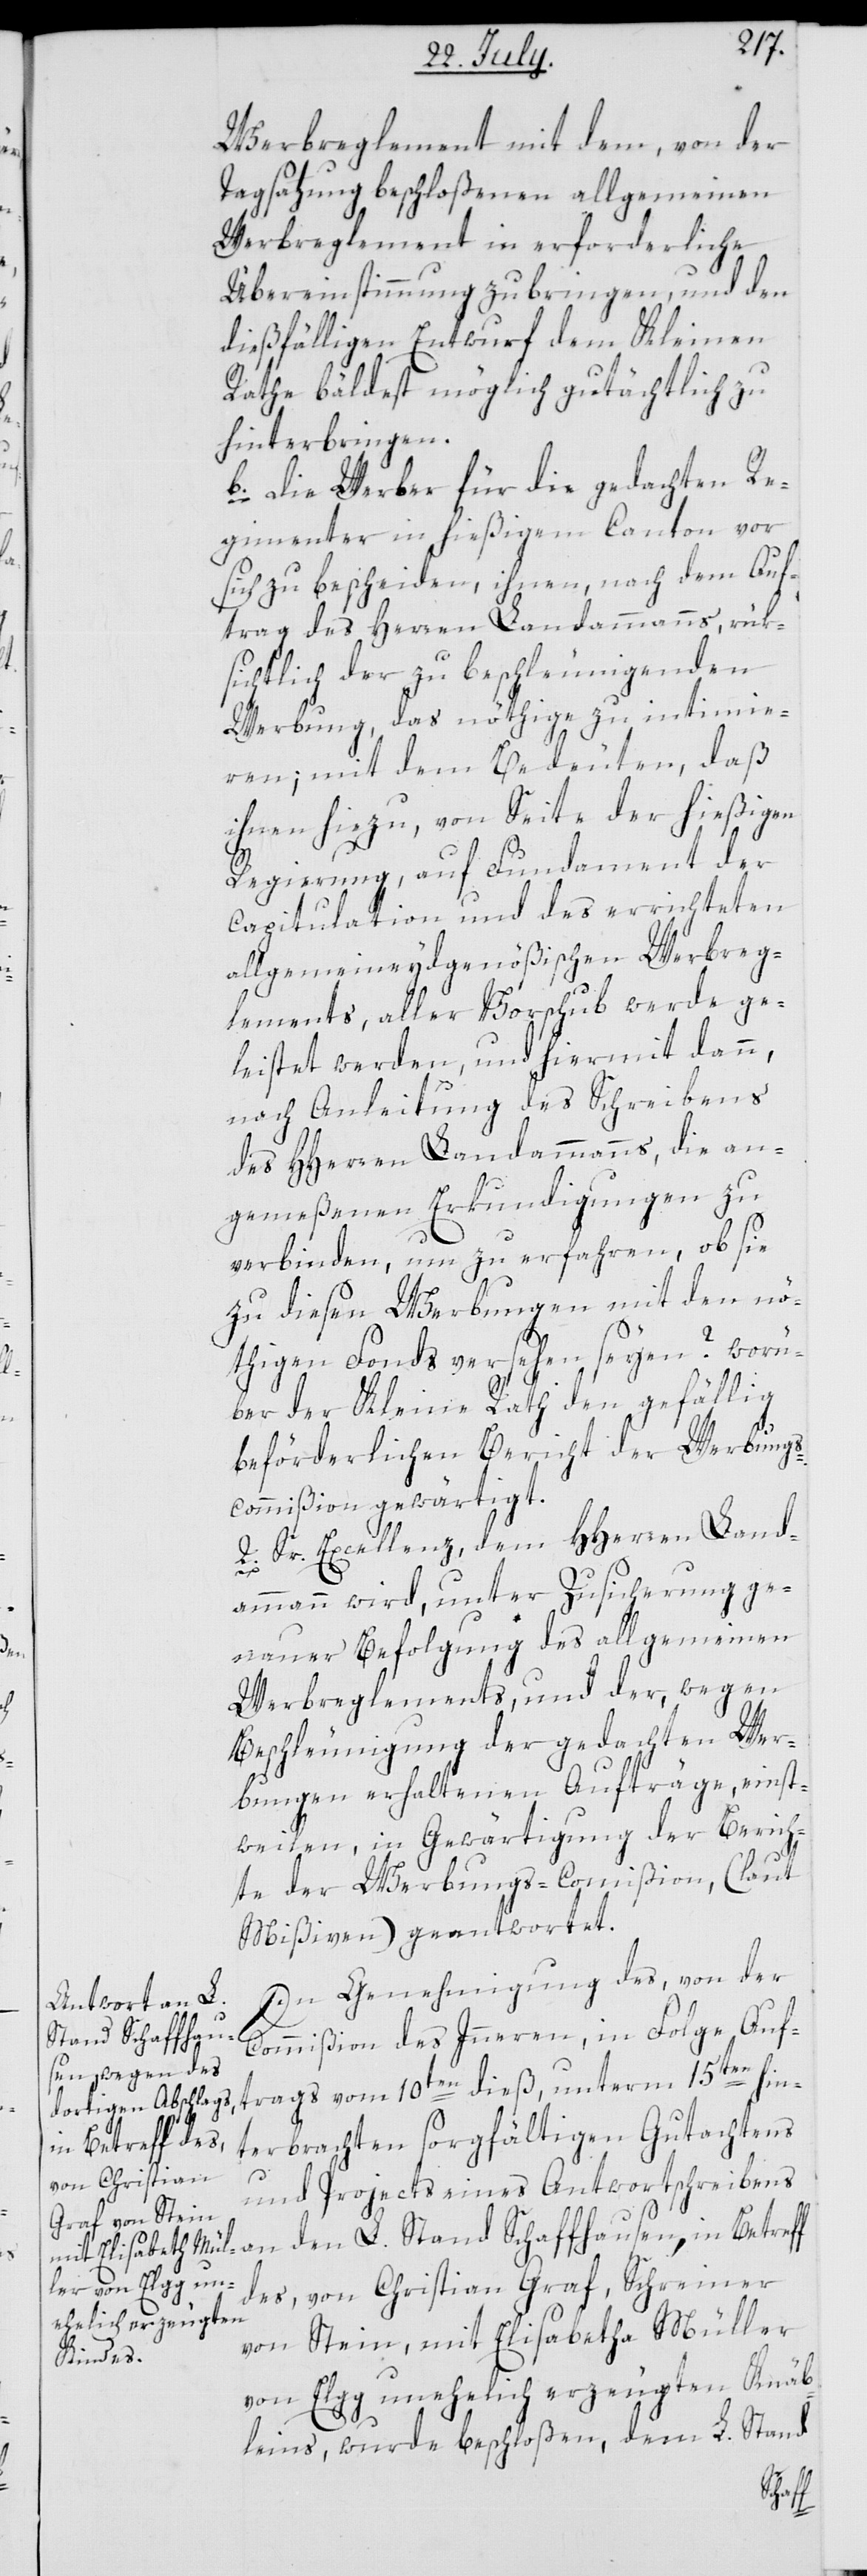
Werbreglement mit dem, von der
Tagsatzung beschloßenen allgemeinen
Werbreglement in erforderliche
Übereinstimmung zu bringen, und den
dießfälligen Entwurf dem Kleinen
Rathe bäldest möglich gutächtlich zu
hinterbringen.
b. die Werber für die gedachten Re¬
gimenter in hießigem Canton vor
sich zu bescheiden, ihnen, nach dem Auf¬
trag des Herren Landammanns, rük¬
sichtlich der zu beschleunigenden
Werbung, das nöthige zu intimie¬
ren; mit dem Bedeuten, daß
ihnen hiezu von Seite der hießigen
Regierung, auf Fundament der
Capitulation und des errichteten
allgemeineydgenößischen Werbreg¬
lements, aller Vorschub werde ge¬
leistet werden, und hiermit dann,
nach Anleitung des Schreibens
des HHerren Landammanns, die an¬
gemeßenen Erkundigungen zu
verbinden, um zu erfahren, ob sie
zu diesen Werbungen mit den nö¬
thigen Fonds versehen seyen? worü¬
ber der Kleine Rath den gefällig
beförderlichen Bericht der Werbungs¬
commißion gewärtigt.
2. Sr. Excellenz, dem HHerren Land¬
ammann wird, unter Zusicherung ge¬
nauer Befolgung des allgemeinen
Werbreglements, und der, wegen
Beschleunigung der gedachten Wer¬
bungen erhaltenen Aufträge, einst¬
weilen in Gewärtigung der Berich¬
te der Werbungs-Commißion, (laut
Mißiven) geantwortet.
In Genehmigung des, von der
Commißion des Innern, in Folge Auf¬
Stand Schaffhau¬
trags vom 10ten dieß, unterm 15ten hin¬
sen,
terbrachten sorgfältigen Gutachtens
in Betreff d¬
und Projects eines Antwortschreibens
es, von Christian Graf, Schreiner
von Stein, mit Elisabetha Müller
von Elgg unehelich erzeugten Knäb¬
leins, wurde beschloßen, dem L. Stand